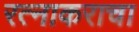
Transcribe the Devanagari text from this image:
रत्नाकराचा